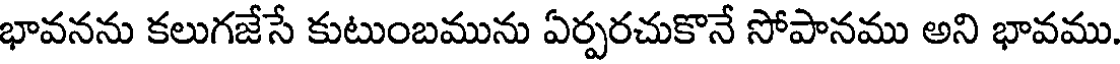
భావనను కలుగజేసే కుటుంబమును ఏర్పరచుకొనే సోపానము అని భావము.